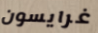
غرايسون